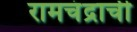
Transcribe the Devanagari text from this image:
रामचंद्राची